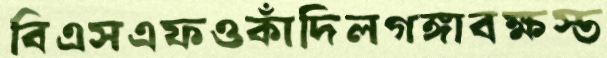
বিএসএফওকাঁদিলগঙ্গাবক্ষস্ত